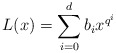
\begin{align*}L(x)=\sum_{i=0}^d b_i x^{q^i}\end{align*}